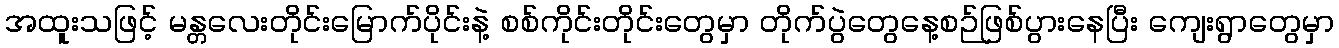
အထူးသဖြင့် မန္တလေးတိုင်းမြောက်ပိုင်းနဲ့ စစ်ကိုင်းတိုင်းတွေမှာ တိုက်ပွဲတွေနေ့စဉ်ဖြစ်ပွားနေပြီး ကျေးရွာတွေမှာ